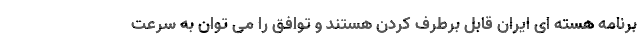
برنامه هسته ای ایران قابل برطرف کردن هستند و توافق را می توان به سرعت